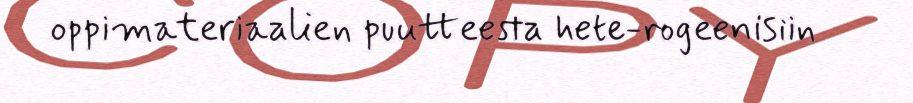
oppimateriaalien puutteesta hete-rogeenisiin